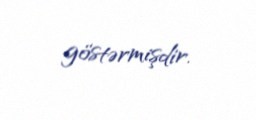
göstərmişdir.